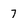
Character: 7